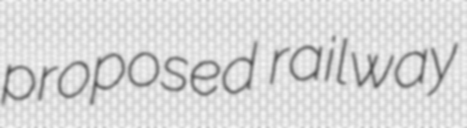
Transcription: proposed railway